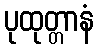
ပုထုတ္တာနံ